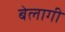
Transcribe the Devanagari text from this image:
बेलागी